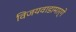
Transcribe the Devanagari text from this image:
विजयवाडामार्गे